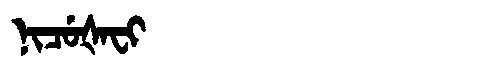
Manchu: ᠨᡳᠴᡠᡧᠠᠸᡳ
Romanization: NICUŠAFI